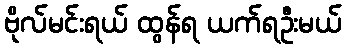
ဗိုလ်မင်းရယ် ထွန်ရ ယက်ရဦးမယ်